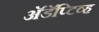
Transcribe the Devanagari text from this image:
अॅडॅप्टिव्ह